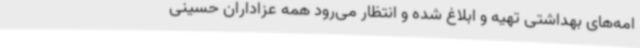
امه‌های بهداشتی تهیه و ابلاغ شده و انتظار می‌رود همه عزاداران حسینی